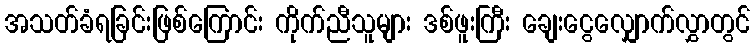
အသတ်ခံရခြင်းဖြစ်ကြောင်း ကိုက်ညီသူများ ဒစ်ဖူးကြီး ချေးငွေလျှောက်လွှာတွင်